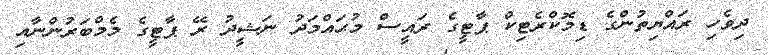
ދިވެހި ރައްޔިތުންގެ ޑިމޮކްރެޓިކް ޕާޓީގެ ރައީސް މުޙައްމަދު ނަޝީދު ރޭ ޕާޓީގެ މެމްބަރުންނާއި